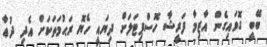
ބޭބީ ގޮވައިގެން އާޒިމާ ފަރީޝާ ހޮސްޕިޓަލަށް ދިޔައީ ހެޔޮ ރަޙުމަތަކަށް އެދި ދުޢާ